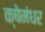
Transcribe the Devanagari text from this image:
क्षेमंधर